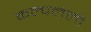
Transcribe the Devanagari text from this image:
कल्पलेली